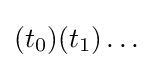
(t_{0})(t_{1})\dots